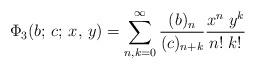
LaTeX: \begin{align*} \Phi_3(b;\,c;\,x,\,y)=\sum_{n,k=0}^\infty\frac{(b)_n}{(c)_{n+k}}\frac{x^n\;y^k}{n!\;k!}\end{align*}